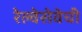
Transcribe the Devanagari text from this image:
रेल्वेसेवेची